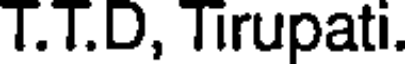
T.T.D, Tirupati.